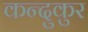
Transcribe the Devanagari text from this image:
कन्दुकुर